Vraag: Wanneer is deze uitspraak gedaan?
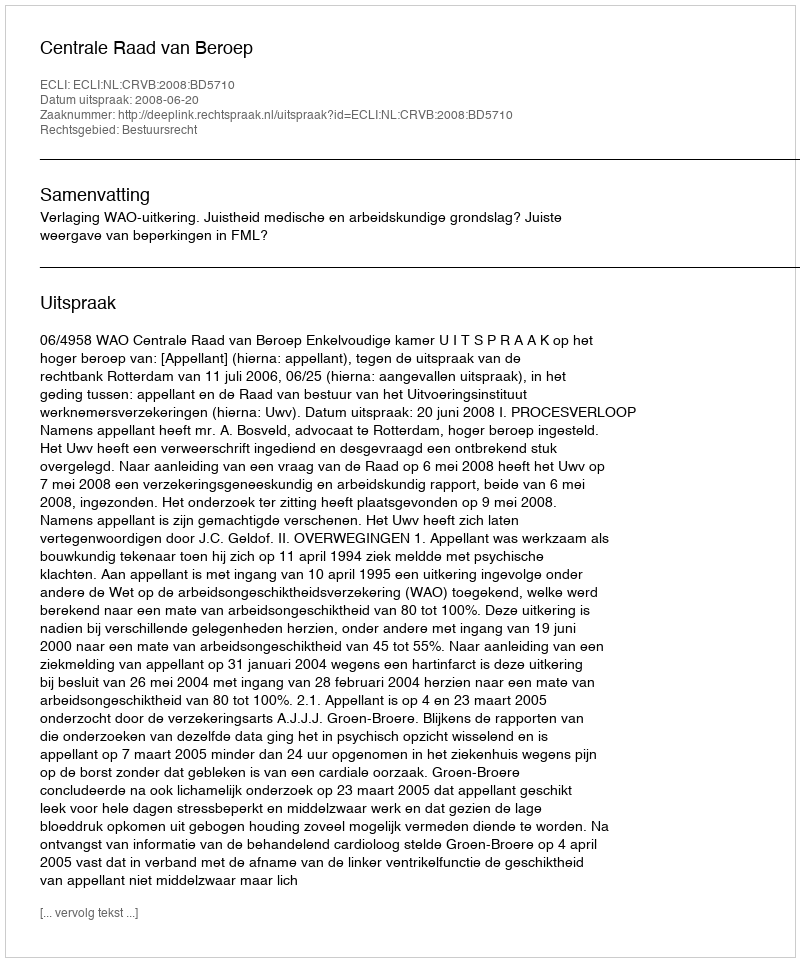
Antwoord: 2008-06-20